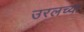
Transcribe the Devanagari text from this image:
उरलच्या